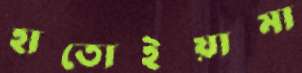
হাতোইয়ামা